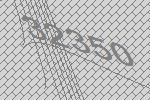
32350